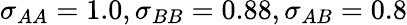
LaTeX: \sigma_{AA}=1.0,\sigma_{BB}=0.88,\sigma_{AB}=0.8